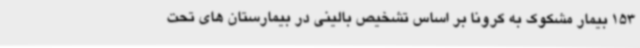
153 بیمار مشکوک به کرونا بر اساس تشخیص بالینی در بیمارستان های تحت